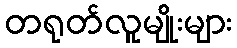
တရုတ်လူမျိုးများ